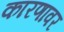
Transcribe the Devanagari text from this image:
कारणावर